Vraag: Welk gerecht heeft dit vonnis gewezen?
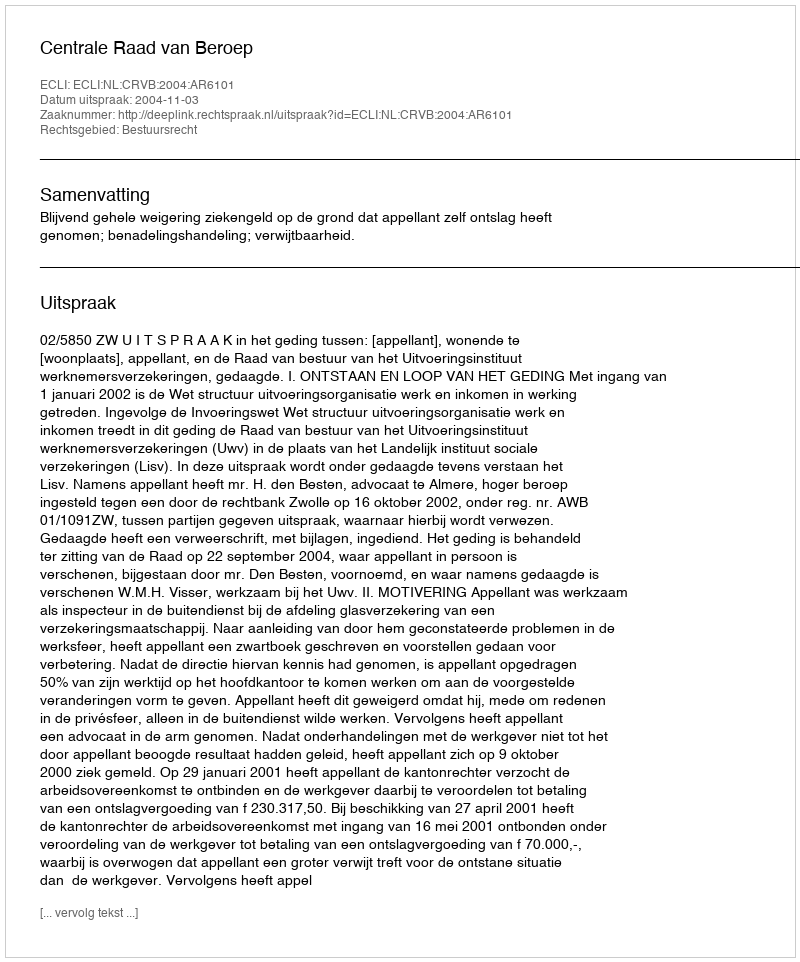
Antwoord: Centrale Raad van Beroep